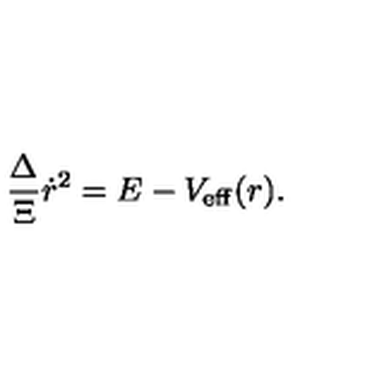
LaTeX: \frac { \Delta } { \Xi } \dot { r } ^ { 2 } = E - V _ { \mathrm { e f f } } ( r ) .